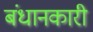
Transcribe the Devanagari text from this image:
बंधानकारी